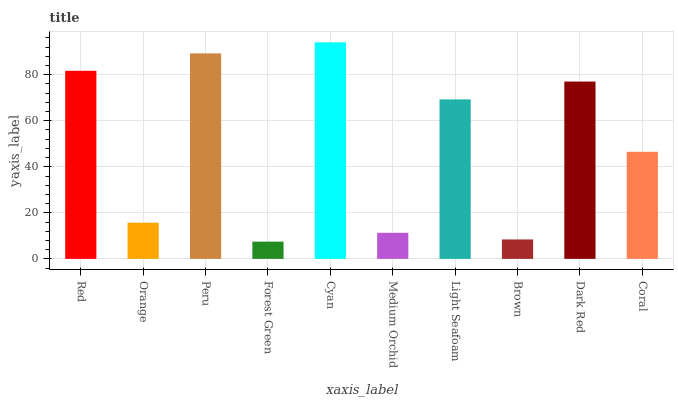
| xaxis_label | bars |
 | --- | --- |
 | Red | 81.7 |
 | Orange | 15.7 |
 | Peru | 89.3 |
 | Forest Green | 7.49 |
 | Cyan | 94.1 |
 | Medium Orchid | 11.3 |
 | Light Seafoam | 69.3 |
 | Brown | 8.44 |
 | Dark Red | 77 |
 | Coral | 46.5 |